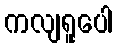
ကလျရူပေါ